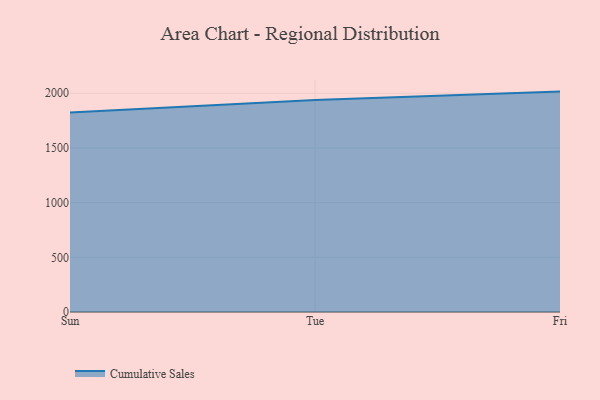
{"axis": {"x": "Day", "y": "Operating Costs (USD K)"}, "legend": ["Cumulative Sales"], "data": [{"x": "Sun", "y": 1825.1, "type": "Cumulative Sales"}, {"x": "Tue", "y": 1938.2, "type": "Cumulative Sales"}, {"x": "Fri", "y": 2015.3, "type": "Cumulative Sales"}]}